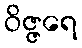
ဝိဇ္ဇရေ